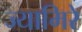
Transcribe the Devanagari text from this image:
ज्यामिरे